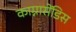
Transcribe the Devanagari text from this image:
काग्नासेंडिस